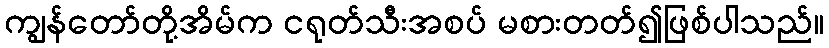
ကျွန်တော်တို့အိမ်က ငရုတ်သီးအစပ် မစားတတ်၍ဖြစ်ပါသည်။